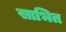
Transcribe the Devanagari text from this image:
साभित